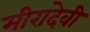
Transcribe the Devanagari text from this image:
मीरादेवी